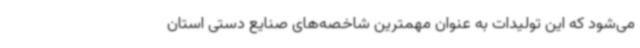
می‌شود که این تولیدات به عنوان مهمترین شاخصه‌های صنایع دستی استان